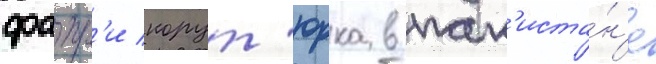
фахр'и корут'юрка в пак'иста́н'е